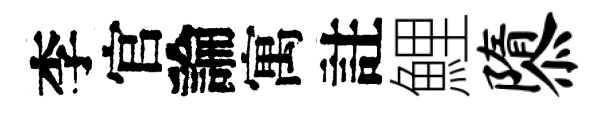
李官論寓註鯉隳